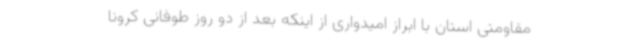
مقاومتی استان با ابراز امیدواری از اینکه بعد از دو روز طوفانی کرونا